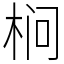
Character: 㭣